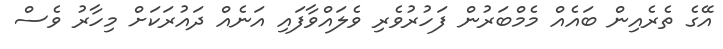
އޭގެ ތެރެއިން ބައެއް މެމްބަރުން ފަހުރުވެރި ވެލައްވާފައި އަނެއް ދައުރަކަށް މިހާރު ވެސް